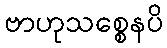
ဗာဟုသစ္စေနပိ